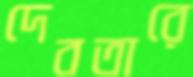
দেবতারে